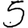
Digit: 5